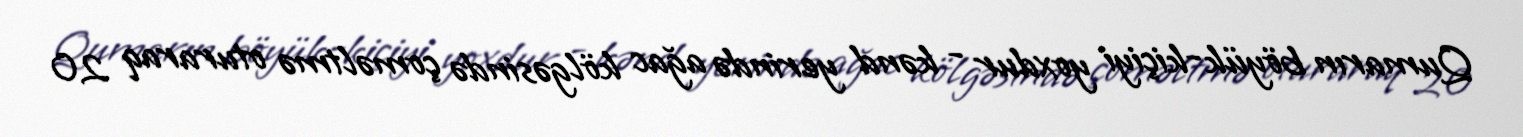
Qumarın böyük-kiçiyi yoxdur - kənd yerində ağac kölgəsində çoməltmə oturaraq 20